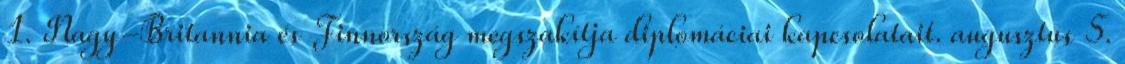
1. Nagy-Britannia és Finnország megszakítja diplomáciai kapcsolatait. augusztus 5.